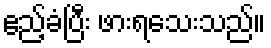
ဧည့်ခံပြီး ဖားရသေးသည်။